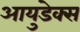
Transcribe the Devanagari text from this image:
आयुडेक्स